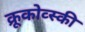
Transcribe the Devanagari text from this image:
क्रूकोव्स्की